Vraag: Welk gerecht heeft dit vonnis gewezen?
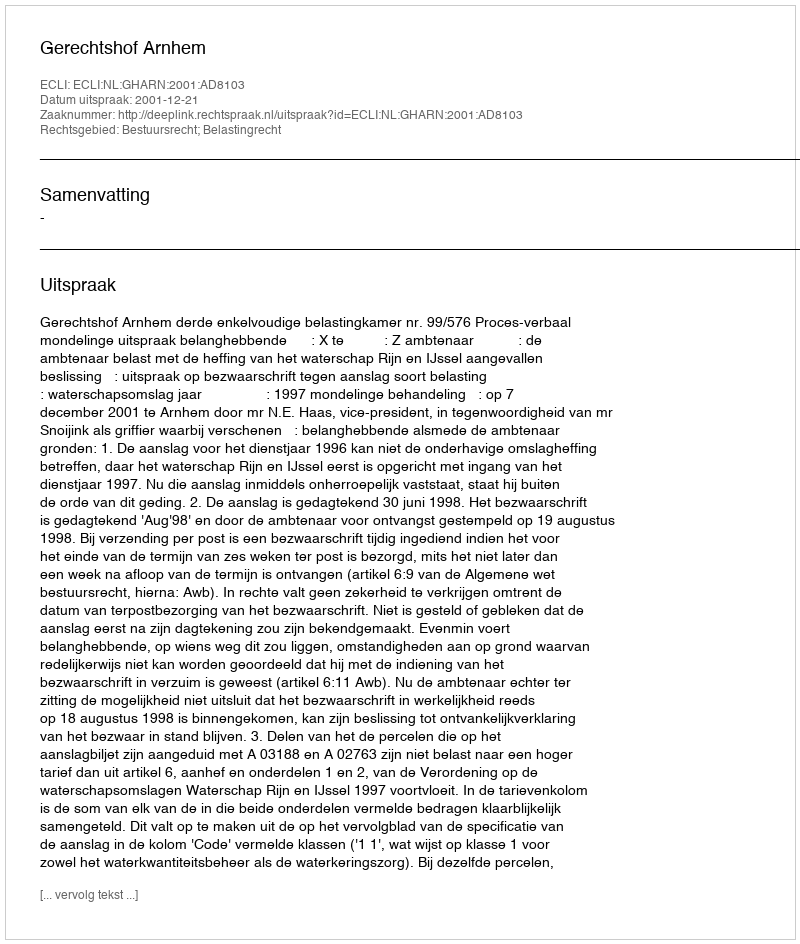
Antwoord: Gerechtshof Arnhem